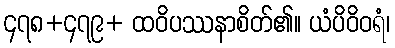
၄၇၈+၄၇၉+ ထဝိပဿနာစိတ်၏။ ယံပိဝိဝရံ၊